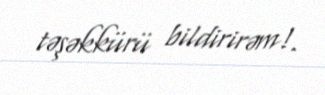
təşəkkürü bildirirəm!.